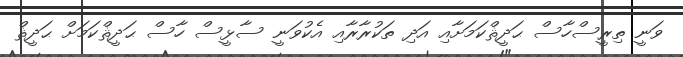
ވަނީ ތިރީސްހާސް ޙަދީޘްކަމަށާއި އަދި ތަކުރާރާއި އެކުވަނީ ސާޅީސް ހާސް ޙަދީޘްކަމަށް ޙަދީޘް